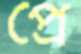
প্রে